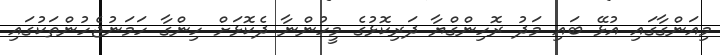
މިއަންގާގައި އުޅޭ ބައި މަދު ރޮހިންގްޔާ ދަރިކޮޅުގެ މީހުންނާ ދެކޮޅަށް ހިންގާ ހަމަނުޖެހުންތަކުގައި